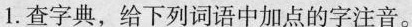
1.查字典，给下列词语中加点的字注音。